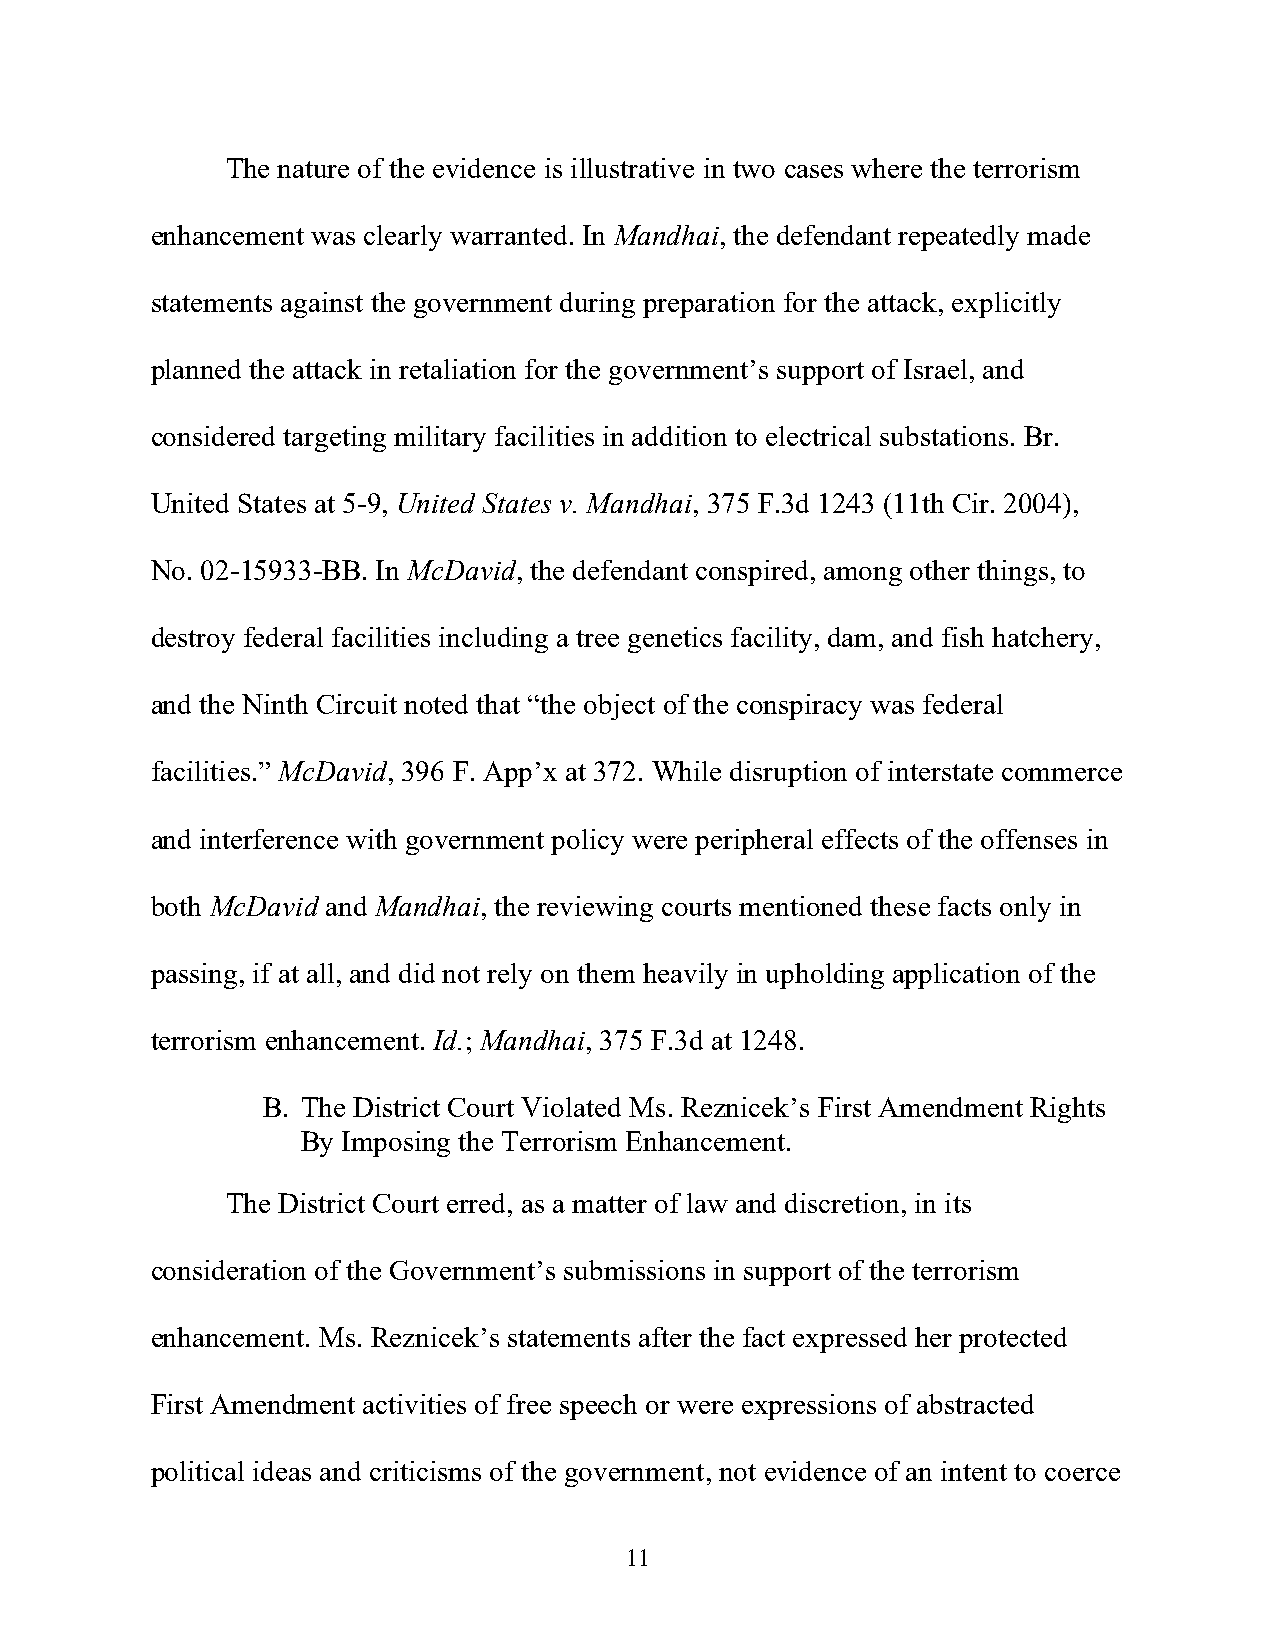
The nature of the evidence is illustrative in two cases where the terrorism
 enhancement was clearly warranted. In Mandhai, the defendant repeatedly made
 statements against the government during preparation for the attack, explicitly
 planned the attack in retaliation for the government’s support of Israel, and
 considered targeting military facilities in addition to electrical substations. Br.
 United States at 5-9, United States v. Mandhai, 375 F.3d 1243 (11th Cir. 2004),
 No. 02-15933-BB. In McDavid, the defendant conspired, among other things, to
 destroy federal facilities including a tree genetics facility, dam, and fish hatchery,
 and the Ninth Circuit noted that “the object of the conspiracy was federal
 facilities.” McDavid, 396 F. App’x at 372. While disruption of interstate commerce
 and interference with government policy were peripheral effects of the offenses in
 both McDavid and Mandhai, the reviewing courts mentioned these facts only in
 passing, if at all, and did not rely on them heavily in upholding application of the
 terrorism enhancement. Id.; Mandhai, 375 F.3d at 1248.
 B. The District Court Violated Ms. Reznicek’s First Amendment Rights
 By Imposing the Terrorism Enhancement.
 The District Court erred, as a matter of law and discretion, in its
 consideration of the Government’s submissions in support of the terrorism
 enhancement. Ms. Reznicek’s statements after the fact expressed her protected
 First Amendment activities of free speech or were expressions of abstracted
 political ideas and criticisms of the government, not evidence of an intent to coerce
 11